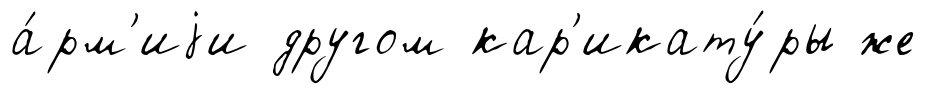
а́рм'иjи другом кар'икату́ры же